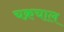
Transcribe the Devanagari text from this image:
चक्रचाल